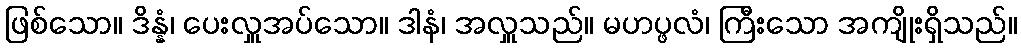
ဖြစ်သော။ ဒိန္နံ၊ ပေးလှူအပ်သော။ ဒါနံ၊ အလှူသည်။ မဟပ္ဖလံ၊ ကြီးသော အကျိုးရှိသည်။